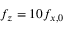
f _ { z } = 1 0 f _ { x , 0 }